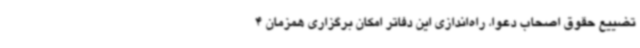
تضییع حقوق اصحاب دعوا، راه‌اندازی این دفاتر امکان برگزاری همزمان 4